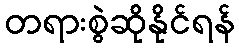
တရားစွဲဆိုနိုင်ရန်